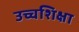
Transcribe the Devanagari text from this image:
उच्चशिक्षा